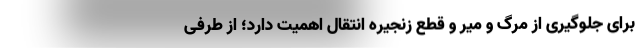
برای جلوگیری از مرگ و میر و قطع زنجیره انتقال اهمیت دارد؛ از طرفی